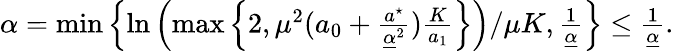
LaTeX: \begin{array}{r}{\alpha=\operatorname*{min}\left\{ \ln\left(\operatorname*{max}\left\{ 2,\mu^{2}(a_{0}+\frac{a^{\star}}{\underline{{\alpha}}^{2}})\frac{K}{a_{1}}\right\} \right)/\mu K,\frac{1}{\underline{{\alpha}}}\right\} \leq\frac{1}{\underline{{\alpha}}}.}\end{array}